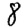
Digit: 8